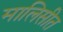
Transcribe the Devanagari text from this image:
मालिसीत